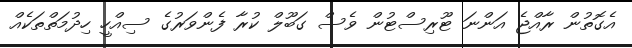
އެގޮތުން ރާއްޖެ އަންނަ ޓޫރިސްޓުން ވެސް ގަބޫލް ކުރާ ފެންވަރުގެ ސިއްހީ ހިދުމަތްތަކެއް